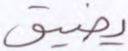
يضيق